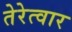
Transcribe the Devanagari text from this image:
तेरेत्वार